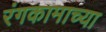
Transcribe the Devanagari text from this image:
रंगकामाच्या